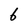
Character: 6